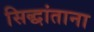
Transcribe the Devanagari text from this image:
सिद्धांताना